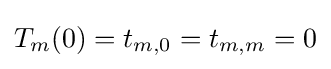
T_{m}(0)=t_{m,0}=t_{m,m}=0